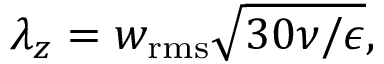
\lambda _ { z } = w _ { \mathrm { r m s } } \sqrt { 3 0 \nu / \epsilon } ,